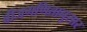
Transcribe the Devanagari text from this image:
बीजगणितानुसार